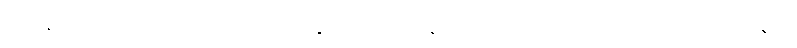
ဒေါ်နာ ကာလေလ် ဟာ ၂၀၁၇ ခုနှစ်က ရေထိန်းသိမ်းရေး ခရိုင်က ငှားရမ်းခဲ့တဲ့ ကနဦး